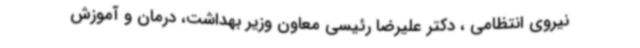
نیروی انتظامی ، دکتر علیرضا رئیسی معاون وزیر بهداشت، درمان و آموزش